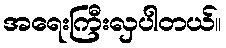
အရေးကြီးလှပါတယ်။